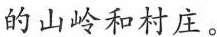
的山岭和村庄。